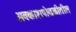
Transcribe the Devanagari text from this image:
अवकाशपोकळीतील